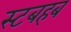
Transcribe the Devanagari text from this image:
स्टबहब